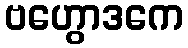
ဗဟွောဒကေ